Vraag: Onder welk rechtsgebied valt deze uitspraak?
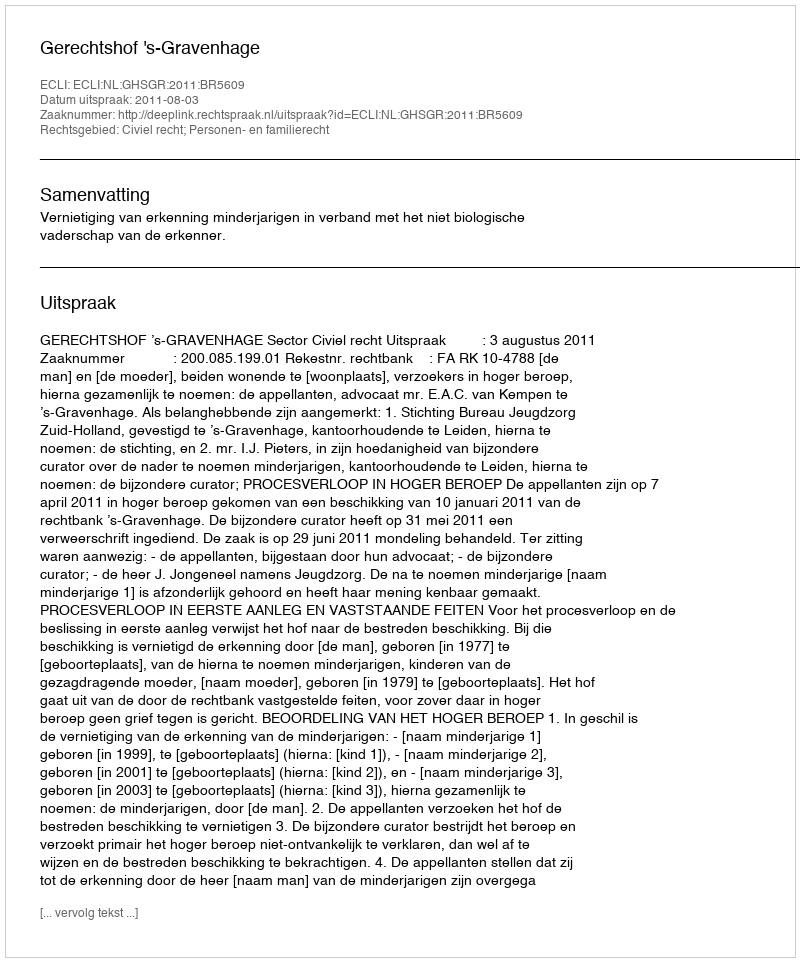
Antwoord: Civiel recht; Personen- en familierecht